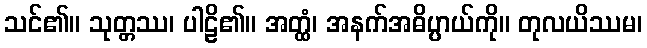
သင်၏။ သုတ္တဿ၊ ပါဠိ၏။ အတ္ထံ၊ အနက်အဓိပ္ပာယ်ကို။ တုလယိဿမ၊